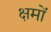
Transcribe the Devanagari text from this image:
क्षमों